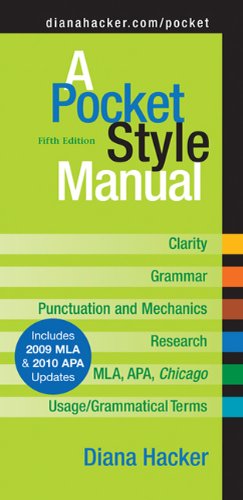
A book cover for A Pocket Style Manual, Fifth Edition; Diana Hacker; Reference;